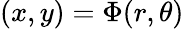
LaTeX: \displaystyle(x,y)=\Phi(r,\theta)